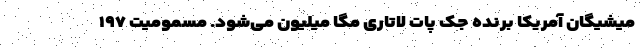
میشیگان آمریکا برنده جک پات لاتاری مگا میلیون می‌شود. مسمومیت ١٩٧